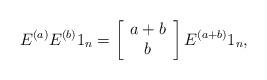
LaTeX: \begin{align*} E^{(a)}E^{(b)}1_n=\left[ \begin{array}{c}a+b\\b\end{array}\right]E^{(a+b)}1_n,\end{align*}